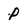
Character: P